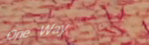
One Way